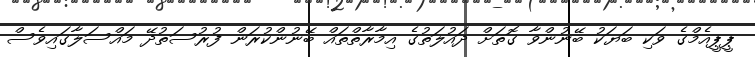
ޕީޕީއެމްގެ ވަކި ބަޔަކު ބޭނުންވާ ގޮތަށް ދައުލަތުގެ އިމާރާތްތައް ބޭނުންކުރަން ފުރުސަތުދޭ މައްސަލާގައިވެސް